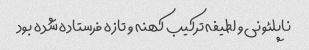
ناپلئونی و لطیفه ترکیب کهنه و تازه فرستاده شده بود